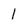
Character: 1